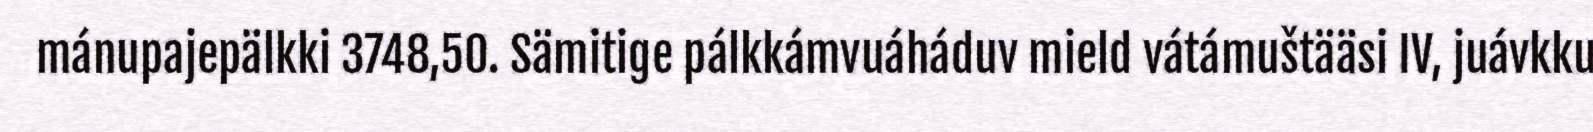
mánupajepälkki 3748,50. Sämitige pálkkámvuáháduv mield vátámuštääsi IV, juávkku